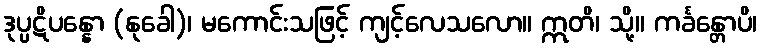
ဒုပ္ပဋိပန္နော (နုခေါ)၊ မကောင်းသဖြင့် ကျင့်လေသလော။ ဣတိ၊ သို့။ ကင်္ခန္တောပိ၊